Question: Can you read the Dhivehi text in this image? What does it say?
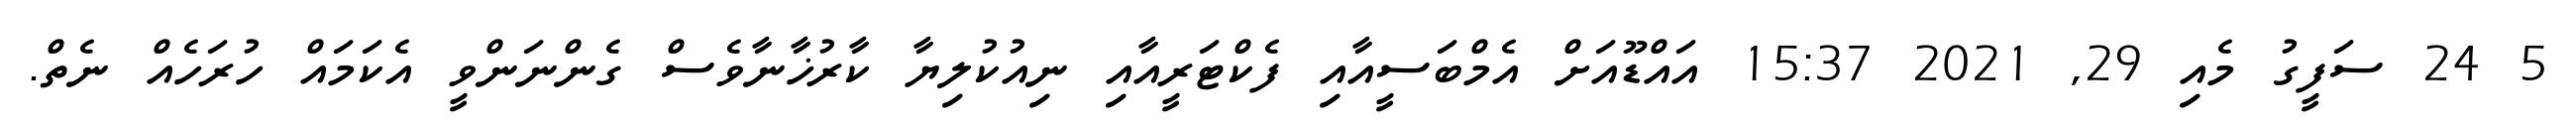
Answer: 5 24 ސަފީގު މެއި 29, 2021 15:37 އައްޑޫއަށް އެމްބަސީއާއި ފެކްޓަރީއާއި ނިއުކުލިޔާ ކާރުޚާނާވެސް ގެންނަންވީ އެކަމައް ހުރަހެއް ނެތް.